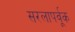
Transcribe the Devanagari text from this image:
सरलापर्वूक